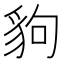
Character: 豿